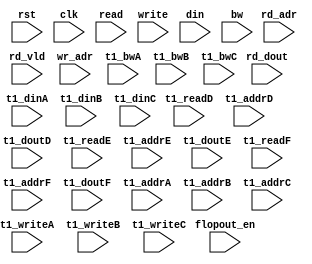
module algo_3r3w_b798_sva_wrap(rst,clk, flopout_en, read, rd_adr, rd_dout, rd_vld, write, wr_adr, din, bw, 
  t1_readD, t1_addrD, t1_doutD, 
  t1_readE, t1_addrE, t1_doutE, 
  t1_readF, t1_addrF, t1_doutF, 
  t1_writeA, t1_addrA, t1_dinA, t1_bwA,
  t1_writeB, t1_addrB, t1_dinB, t1_bwB,
  t1_writeC, t1_addrC, t1_dinC, t1_bwC

);
parameter IP_WIDTH = 15;
parameter IP_BITWIDTH = 4;
parameter IP_NUMADDR = 256;
parameter IP_BITADDR = 8;
parameter IP_NUMVBNK = 1;
parameter IP_BITVBNK = 0;
parameter IP_SECCBITS = 4;
parameter IP_SECCDWIDTH = 1;
parameter IP_BITPBNK = 0;
parameter FLOPIN = 0;
parameter FLOPOUT = 0;
parameter IP_ENAECC = 0;
parameter IP_DECCBITS = 6;
parameter IP_ENAPAR = 0;
parameter FLOPMEM = 0;
parameter FLOPCMD = 0;
parameter T1_WIDTH = 15;
parameter T1_PHYWDTH = 15;
parameter T1_NUMVBNK = 1;
parameter T1_BITVBNK = 0;
parameter T1_DELAY = 2;
parameter T1_NUMVROW = 256;
parameter T1_BITVROW = 8;
parameter T1_BITWSPF = 0;
parameter T1_NUMWRDS = 1;
parameter T1_BITWRDS = 0;
parameter T1_NUMSROW = 256;
parameter T1_BITSROW = 8;
parameter NUMWRPRT = 3;
parameter NUMRDPRT = 3;
parameter BITADDR = IP_BITADDR;
parameter WIDTH = IP_WIDTH;


input                             rst,clk;

input                             flopout_en;

input  [NUMRDPRT-1:0]             read;
input  [NUMRDPRT*BITADDR-1:0]     rd_adr;
input [NUMRDPRT*WIDTH-1:0]       rd_dout;
input [NUMRDPRT-1:0]             rd_vld;

input  [NUMWRPRT-1:0]             write;
input  [NUMWRPRT*BITADDR-1:0]     wr_adr;
input  [NUMWRPRT*WIDTH-1:0]       din;
input  [NUMWRPRT*WIDTH-1:0]       bw;

input                            t1_readD;
input [BITADDR-1:0]              t1_addrD;
input  [WIDTH-1:0]                t1_doutD;

input                            t1_readE;
input [BITADDR-1:0]              t1_addrE;
input  [WIDTH-1:0]                t1_doutE;

input                            t1_readF;
input [BITADDR-1:0]              t1_addrF;
input  [WIDTH-1:0]                t1_doutF;

input                            t1_writeA;
input [BITADDR-1:0]              t1_addrA;
input [WIDTH-1:0]                t1_dinA;
input [WIDTH-1:0]                t1_bwA;

input                            t1_writeB;
input [BITADDR-1:0]              t1_addrB;
input [WIDTH-1:0]                t1_dinB;
input [WIDTH-1:0]                t1_bwB;

input                            t1_writeC;
input [BITADDR-1:0]              t1_addrC;
input [WIDTH-1:0]                t1_dinC;
input [WIDTH-1:0]                t1_bwC;

endmodule